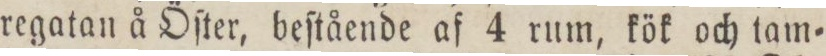
regatan å Öſter, beſtående af 4 rum, kök och tam=